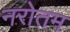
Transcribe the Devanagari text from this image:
नरोतम